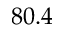
8 0 . 4